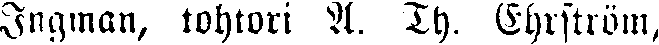
Ingman, tohtori A. Th. Ehrström,